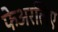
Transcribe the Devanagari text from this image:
फेअरलिए